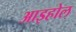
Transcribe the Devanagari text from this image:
आइहोल